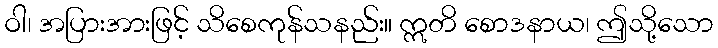
ဝါ၊ အပြားအားဖြင့် သိစေကုန်သနည်း။ ဣတိ စောဒနာယ၊ ဤသို့သော